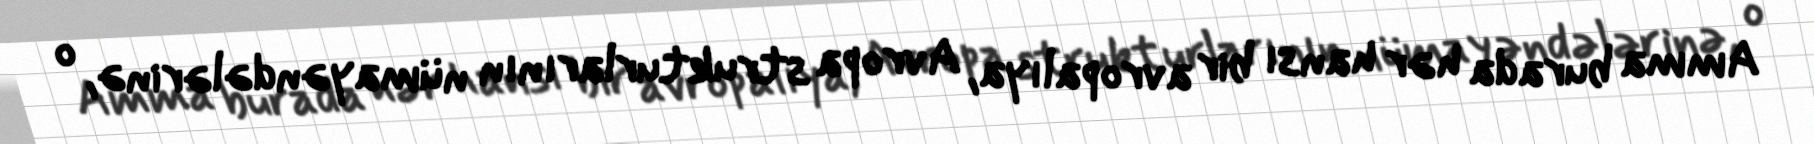
Amma burada hər hansı bir avropalıya, Avropa strukturlarının nümayəndələrinə, o